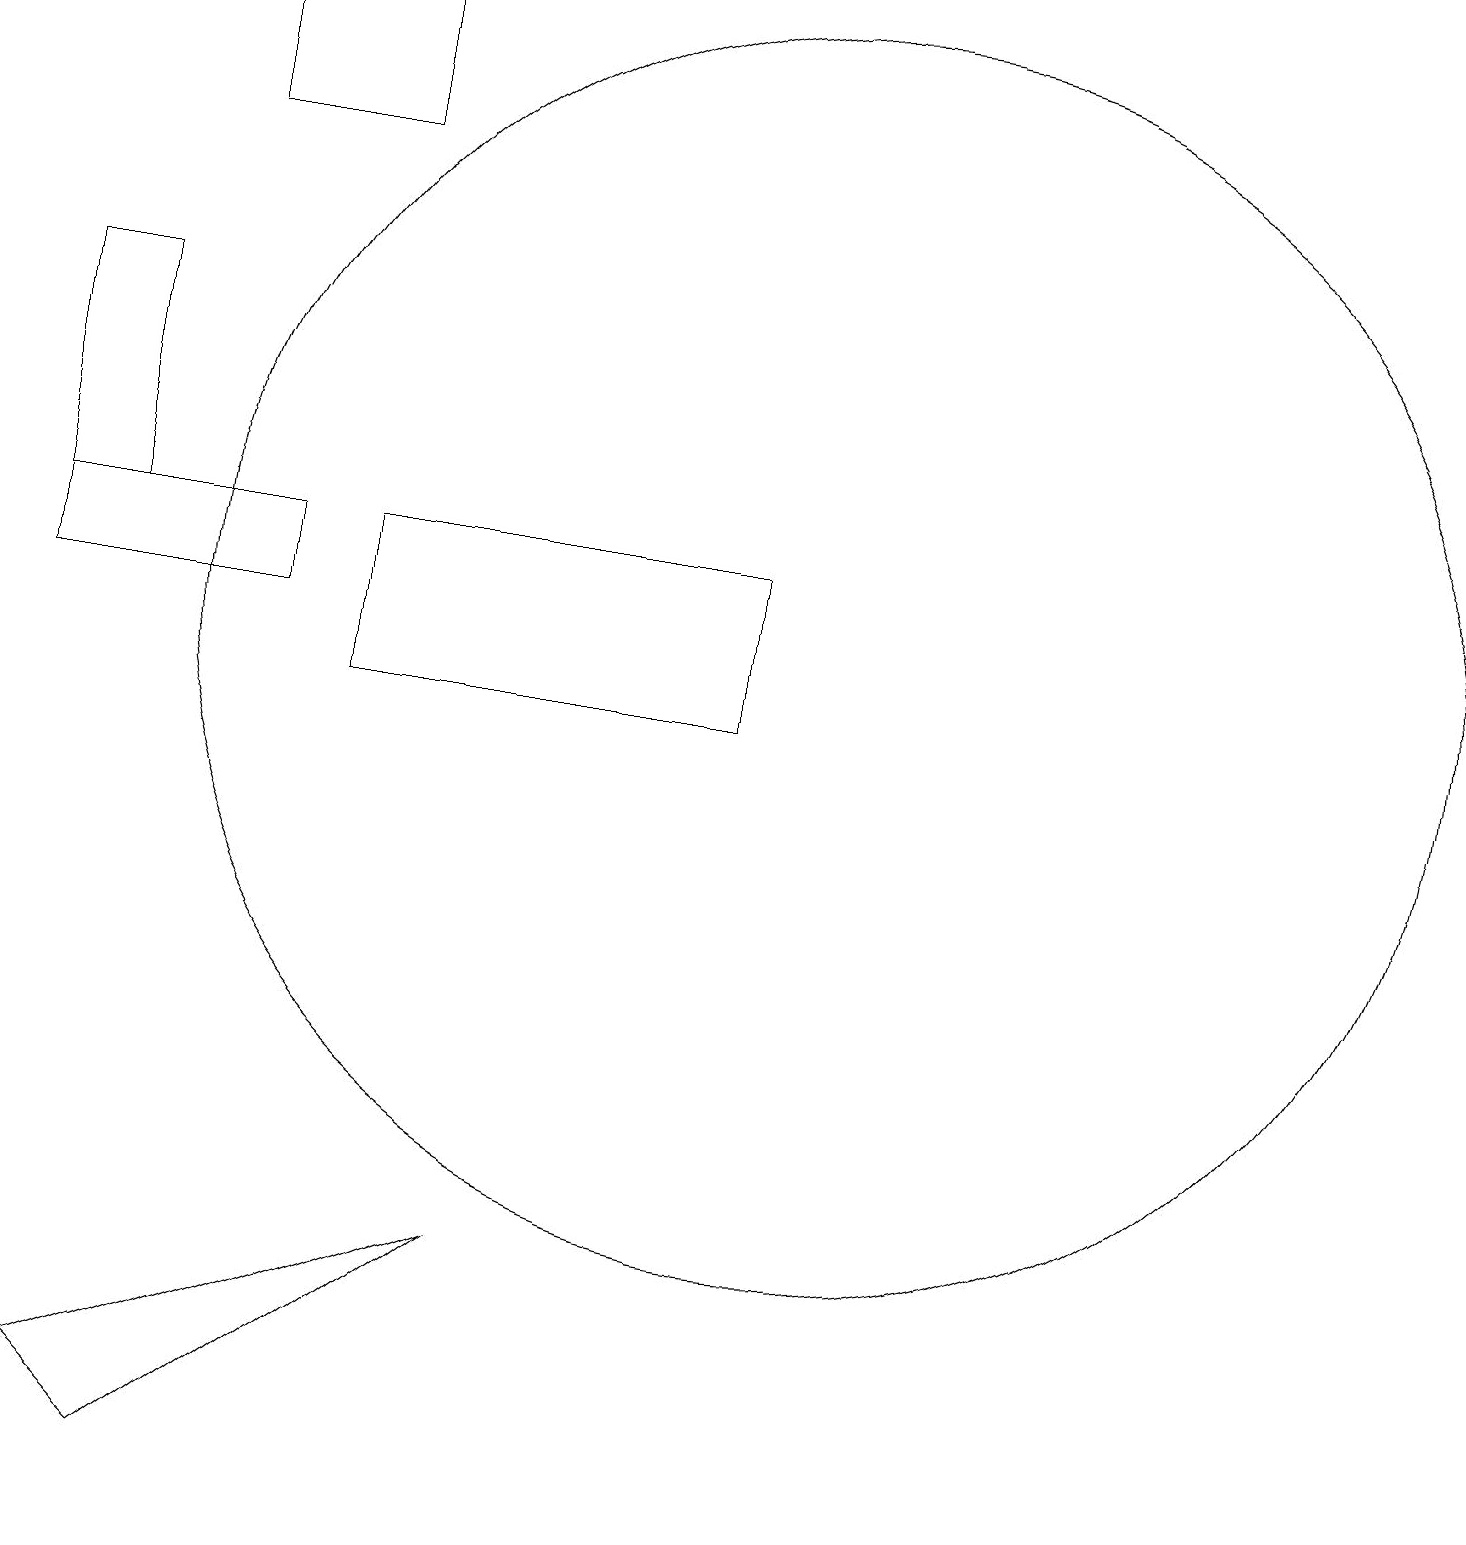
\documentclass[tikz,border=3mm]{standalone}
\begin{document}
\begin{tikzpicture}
\draw (4,19) rectangle (2,17);
\draw (0,11) rectangle (3,12);
\draw (6,3) -- (1,1) -- (2,0) -- cycle;
\draw (1,12) rectangle (0,15);
\draw (9,12) rectangle (4,10);
\draw (10,11) circle (8);
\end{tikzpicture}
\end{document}